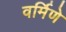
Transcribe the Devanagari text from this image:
वर्मिणे